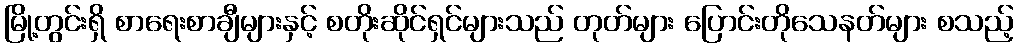
မြို့တွင်းရှိ စာရေးစာချီများနှင့် စတိုးဆိုင်ရှင်များသည် တုတ်များ ပြောင်းတိုသေနတ်များ စသည့်